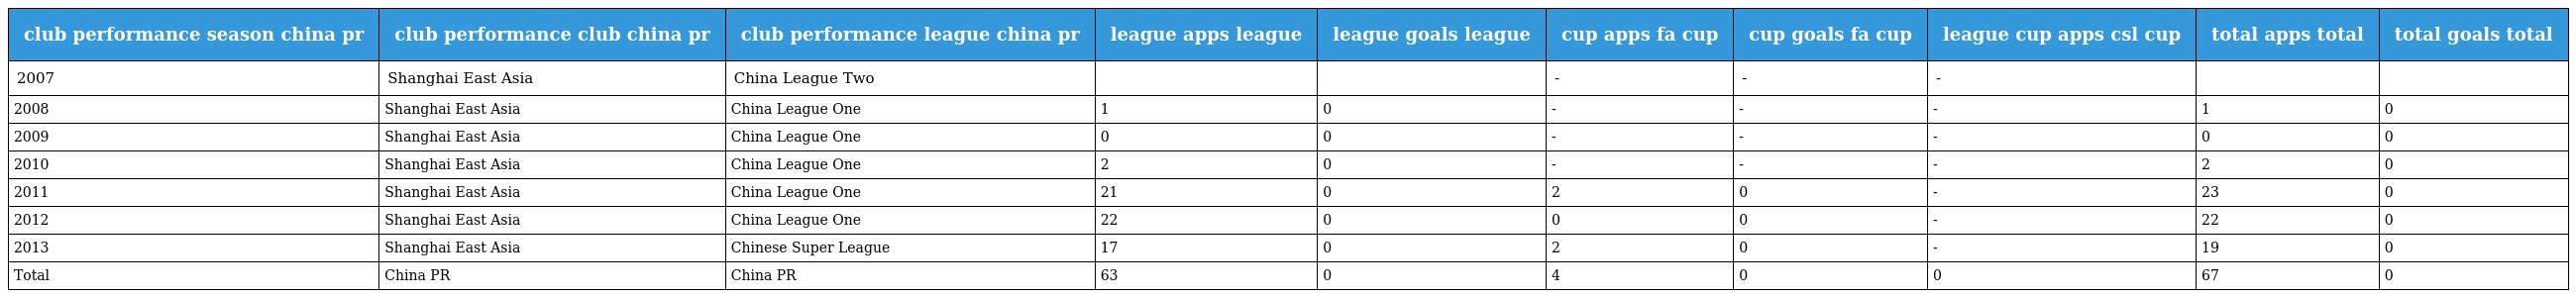
| club performance season china pr | club performance club china pr | club performance league china pr | league apps league | league goals league | cup apps fa cup | cup goals fa cup | league cup apps csl cup | total apps total | total goals total |
 | --- | --- | --- | --- | --- | --- | --- | --- | --- | --- |
 | 2007 | Shanghai East Asia | China League Two |  |  | - | - | - |  |  |
 | 2008 | Shanghai East Asia | China League One | 1 | 0 | - | - | - | 1 | 0 |
 | 2009 | Shanghai East Asia | China League One | 0 | 0 | - | - | - | 0 | 0 |
 | 2010 | Shanghai East Asia | China League One | 2 | 0 | - | - | - | 2 | 0 |
 | 2011 | Shanghai East Asia | China League One | 21 | 0 | 2 | 0 | - | 23 | 0 |
 | 2012 | Shanghai East Asia | China League One | 22 | 0 | 0 | 0 | - | 22 | 0 |
 | 2013 | Shanghai East Asia | Chinese Super League | 17 | 0 | 2 | 0 | - | 19 | 0 |
 | Total | China PR | China PR | 63 | 0 | 4 | 0 | 0 | 67 | 0 |